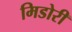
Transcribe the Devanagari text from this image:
मिडोरी